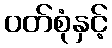
ဝတ်စုံနှင့်